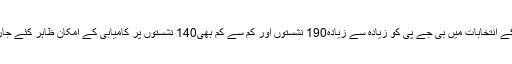
2019 کے انتخابات میں بی جے پی کو زیادہ سے زیادہ190 نشستوں اور کم سے کم بھی140 نشستوں پر کامیابی کے امکان ظاہر کئے جارہے ہیں۔